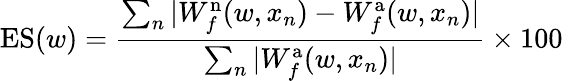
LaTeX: \mathrm{ES}(w)=\frac{\sum_{n}|W_{f}^{\mathrm{n}}(w,x_{n})-W_{f}^{\mathrm{a}}(w,x_{n})|}{\sum_{n}|W_{f}^{\mathrm{a}}(w,x_{n})|}\times 100\